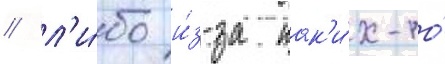
/ л'и́бо и́з-за как'и́х-то́